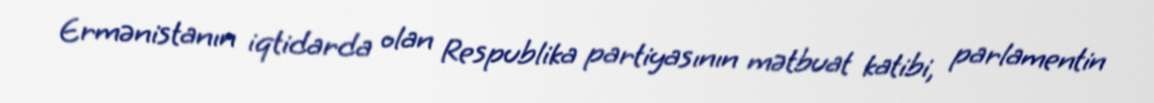
Ermənistanın iqtidarda olan Respublika partiyasının mətbuat katibi, parlamentin